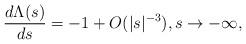
LaTeX: \begin{align*}\frac{d\Lambda(s)}{ds} = -1 + O(|s|^{-3}),s\to -\infty,\end{align*}